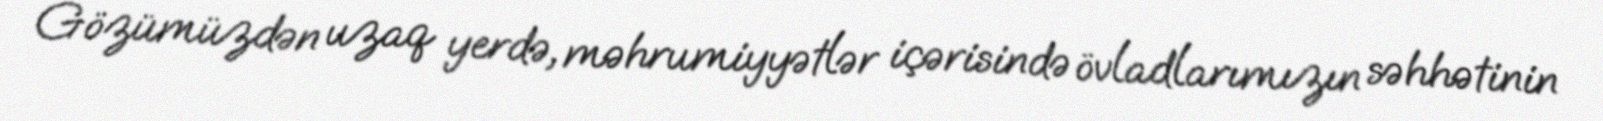
Gözümüzdən uzaq yerdə, məhrumiyyətlər içərisində övladlarımızın səhhətinin